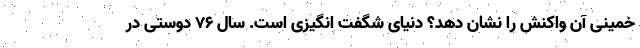
خمینی آن واکنش را نشان دهد؟ دنیای شگفت انگیزی است. سال 76 دوستی در